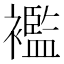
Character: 襤